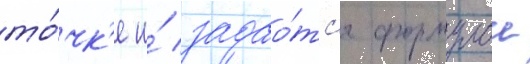
то́чк'е и́ задао́тс'я формулои